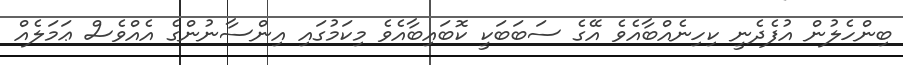
ބިންހެލުން އުފެދެނީ ކިހިނެއްބާއެވެ އޭގެ ސަބަބަކީ ކޮބައިބާއެވެ މިކަމުގައި އިންސާނުންގެ އެއްވެސް ޢަމަލެއް